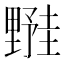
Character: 𬫀